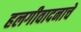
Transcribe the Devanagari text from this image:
हलगीवादनाचे